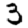
Digit: 3